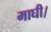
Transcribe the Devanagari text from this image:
माघी।